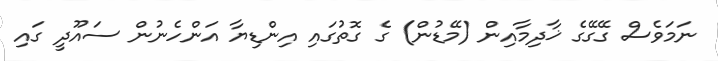
ނަމަވެސް ގޭގޭގެ ޚާދިމާއިން (މޭޑުން) ގެ ގޮތުގައި އިންޑިޔާ އަންހެނުން ސައޫދީ ގައި